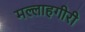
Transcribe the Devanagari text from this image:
मल्लाहगीरी